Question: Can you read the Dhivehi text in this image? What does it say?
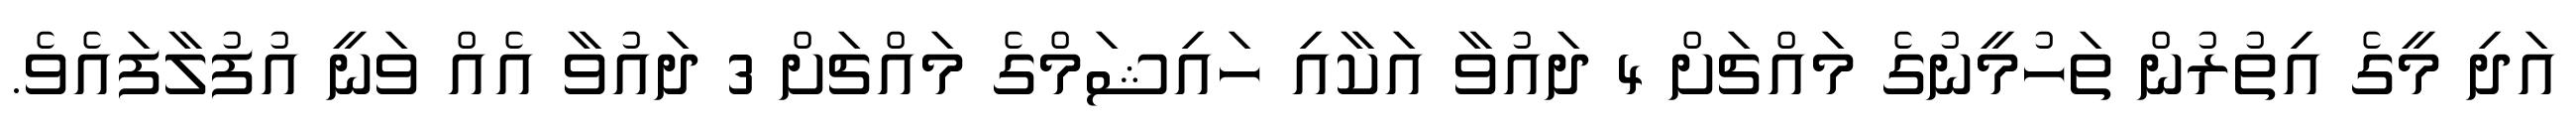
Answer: އަދި މީގެ އިތުރުން ތަހުމީނުގެ މައްޗަށް 4 ދައުވާ އަކާއި ހައިޝަމްގެ މައްޗަށް 3 ދައުވާ އެއް ވަނީ އުފުލާފައެވެ.